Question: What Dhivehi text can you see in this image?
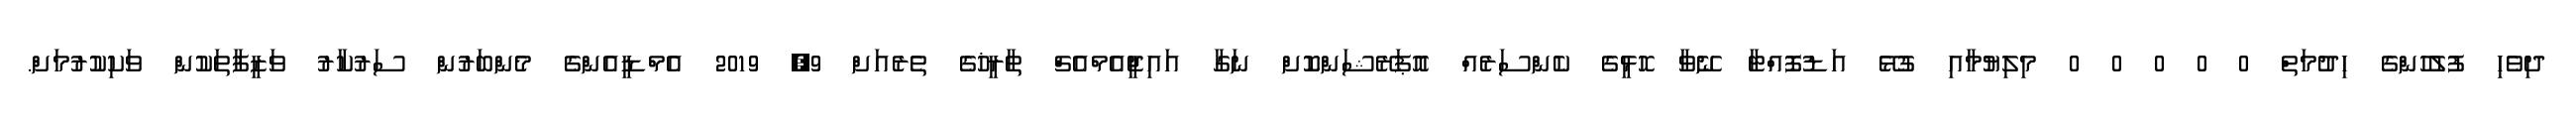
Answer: ދިވެހި ފުލުހުންގެ ހިދުމަތް 0 0 0 0 0 މިލިޔުމާއި ގުޅޭ އަޑުފޮއްޓާ ނޭވާ ހޮޅީގެ ކެންސަރެއް އޮޕަރޭޝަންކޮށް ނަގާ އައިޖީއެމްއެޗް ތާރީޚުގެ ތެރެއަށް 9, 2019 އެމްޑީއެންގެ މެންބަރުން ސަރުކާރު ވަޒީފާތަކުން ވަކިކުރުމަށް.